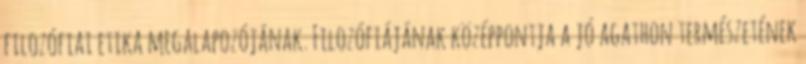
filozófiai etika megalapozójának. Filozófiájának középpontja a jó agathon természetének